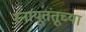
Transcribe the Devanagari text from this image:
स्नायूतंतूच्या